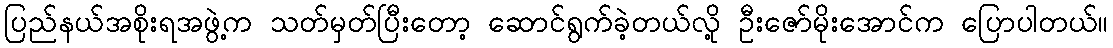
ပြည်နယ်အစိုးရအဖွဲ့က သတ်မှတ်ပြီးတော့ ဆောင်ရွက်ခဲ့တယ်လို့ ဦးဇော်မိုးအောင်က ပြောပါတယ်။